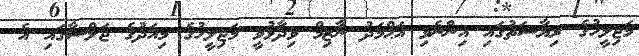
މަޖިލީހުގެ ރިޔާސަތުގައި އިންނެވި އަޙްމަދު ނާޒިމް ވިދާޅުވީ މަޖިލީހުގެ މިއަދުގެ ޖަލްސާގައި އެ